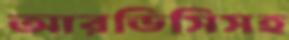
আরডিসিসহ